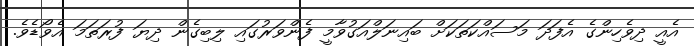
އެއީ ދިވެހިންގެ އެފަދަ މަސައްކަތަކަށް ބައިނަލްއަގުވާމީ ފެންވަރުގައި ލިބިގެން ދިޔަ ފުރަތަމަ އެވޯޑެވެ.